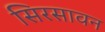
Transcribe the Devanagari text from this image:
सिरसावन